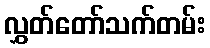
လွှတ်တော်သက်တမ်း